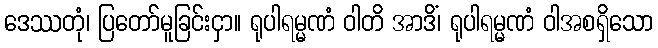
ဒေဿတုံ၊ ပြတော်မူခြင်းငှာ။ ရုပါရမ္မဏံ ဝါတိ အာဒိံ၊ ရုပါရမ္မဏံ ဝါအစရှိသော